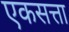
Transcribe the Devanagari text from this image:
एकसत्ता